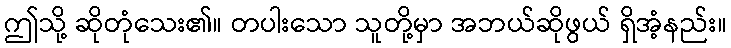
ဤသို့ ဆိုတုံသေး၏။ တပါးသော သူတို့မှာ အဘယ်ဆိုဖွယ် ရှိအံ့နည်း။